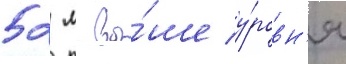
52 м вы́ше у́ровн'я